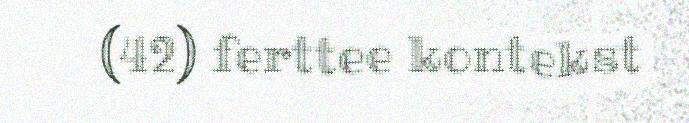
(42) ferttee kontekst